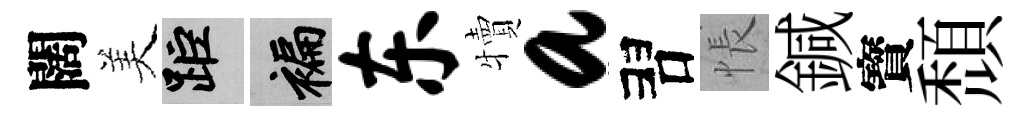
闊美距褊东犢a習悵鍼寳頹